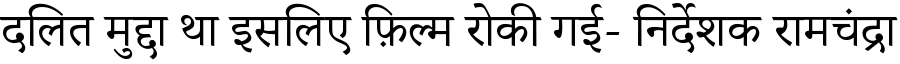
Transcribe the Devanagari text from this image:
दलित मुद्दा था इसलिए फ़िल्म रोकी गई- निर्देशक रामचंद्रा